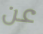
عن